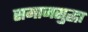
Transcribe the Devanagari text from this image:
समाजसुद्धा